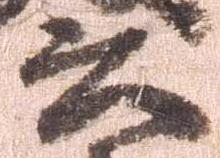
書